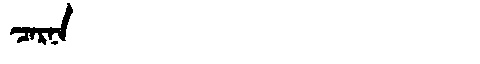
Manchu: ᠴᠠᡵᠨᠠ
Romanization: CARNA